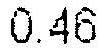
0.46